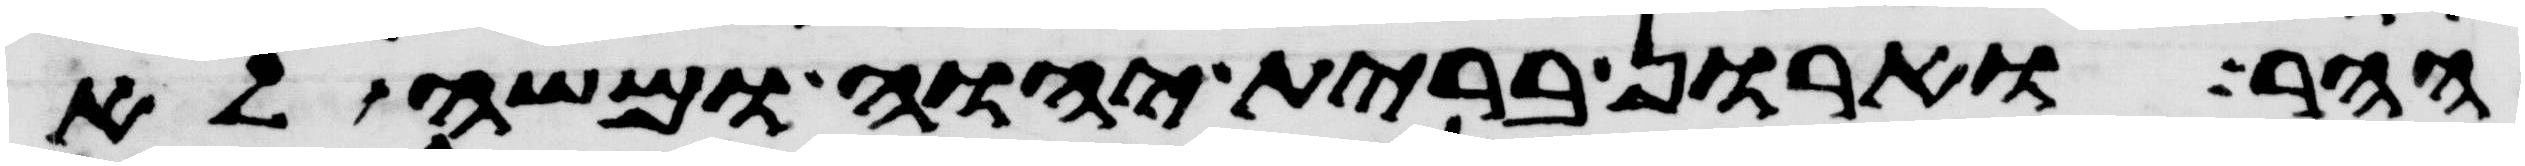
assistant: ההר וארון ברית יהוה ומשה לא